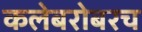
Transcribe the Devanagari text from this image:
कलेबरोबरच